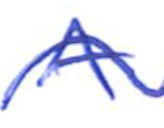
Text: A
Cross-out: wave
Writing tool: ballpoint